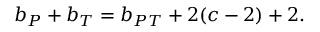
b _ { P } + b _ { T } = b _ { P T } + 2 ( c - 2 ) + 2 .